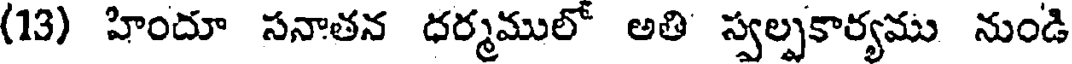
(13) హిందూ సనాతన ధర్మములో అతి స్వల్పకార్యము నుండి